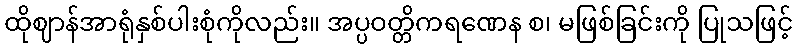
ထိုဈာန်အာရုံနှစ်ပါးစုံကိုလည်း။ အပ္ပဝတ္တိကရဏေန စ၊ မဖြစ်ခြင်းကို ပြုသဖြင့်